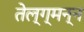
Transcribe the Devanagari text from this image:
तेल्ग्मन्न